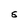
Character: S